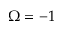
\Omega = - 1